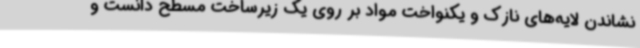
نشاندن لایه‌های نازک و یکنواخت مواد بر روی یک زیرساخت مسطح دانست و